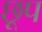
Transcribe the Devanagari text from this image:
छूप